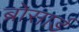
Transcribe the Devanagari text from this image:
ब्रोसार्ड